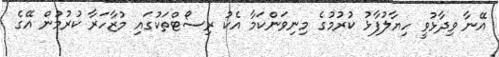
އޭނާ ވިދާޅުވީ ހިޔާލުފާޅު ކުރުމުގެ މިނިވަންކަމާ އެކު ރިސޯޓްތަކުގައި މުޒާހަރާ ކުރުމުން އޭގެ